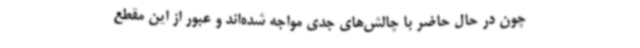
چون در حال حاضر با چالش‌های جدی مواجه شده‌اند و عبور از این مقطع